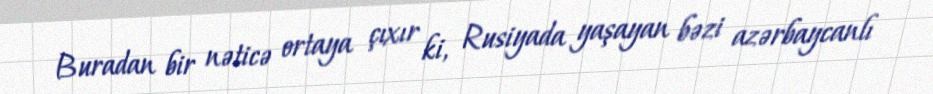
Buradan bir nəticə ortaya çıxır ki, Rusiyada yaşayan bəzi azərbaycanlı